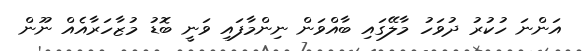
އަންނަ ހުކުރު ދުވަހު މާލޭގައި ބާއްވަން ނިންމާފައި ވަނީ ބޮޑު މުޒާހަރާއެއް ނޫން